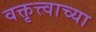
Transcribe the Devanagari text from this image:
वक्तृत्त्वाच्या